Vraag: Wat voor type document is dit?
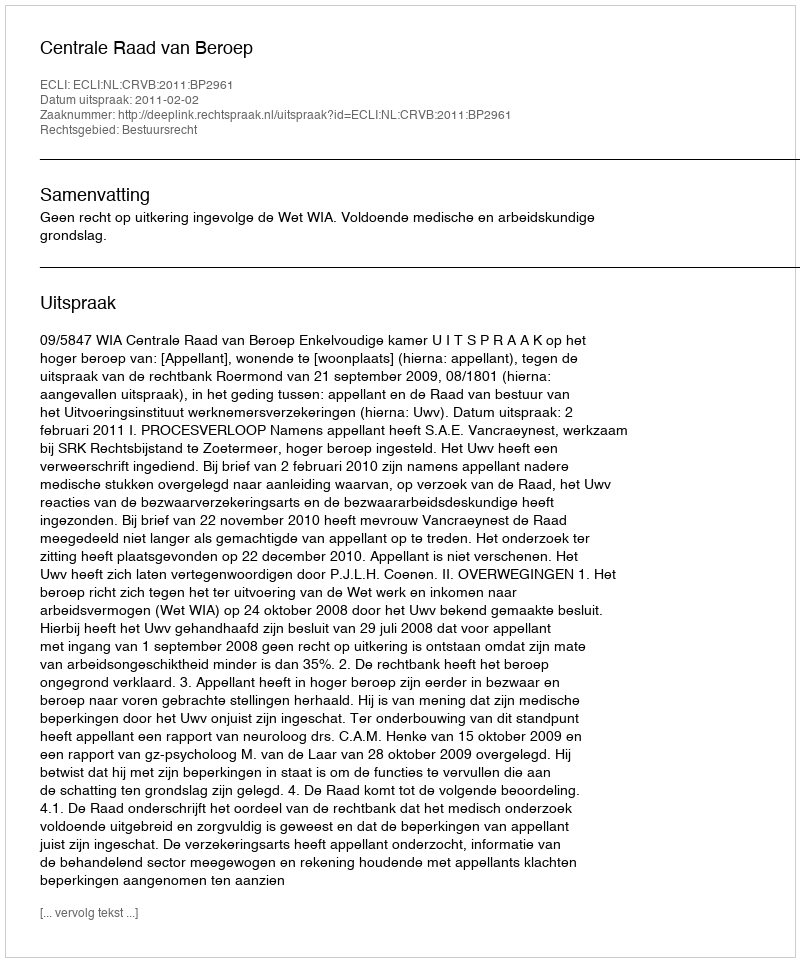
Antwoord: Uitspraak